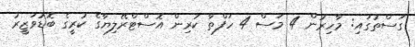
ގަސްތުގައި: މާހިރުން 4 މަސް 4 ހަފްތާ ކުރިން އޮސްޓްރޭލިޔާގެ ކުރީގެ ބޮޑުވަޒީރު